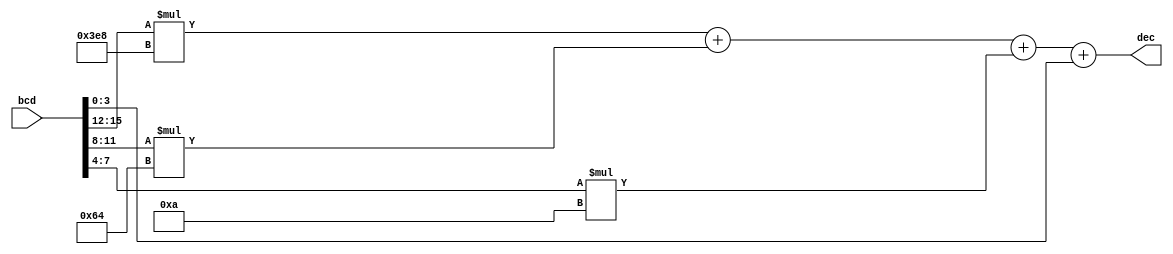
module bcd2dec(bcd, dec);
	input[15:0] bcd;
	output[15:0] dec;

	assign dec = bcd[15-:4] * 1000 + bcd[11-:4] * 100 + bcd[7-:4] * 10 + bcd[3-:4];
endmodule